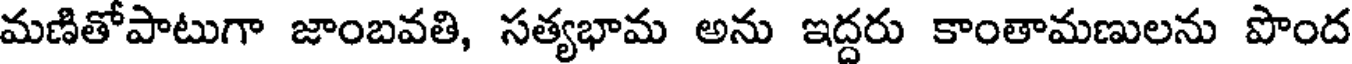
మణితోపాటుగా జాంబవతి, సత్యభామ అను ఇద్దరు కాంతామణులను పొంద